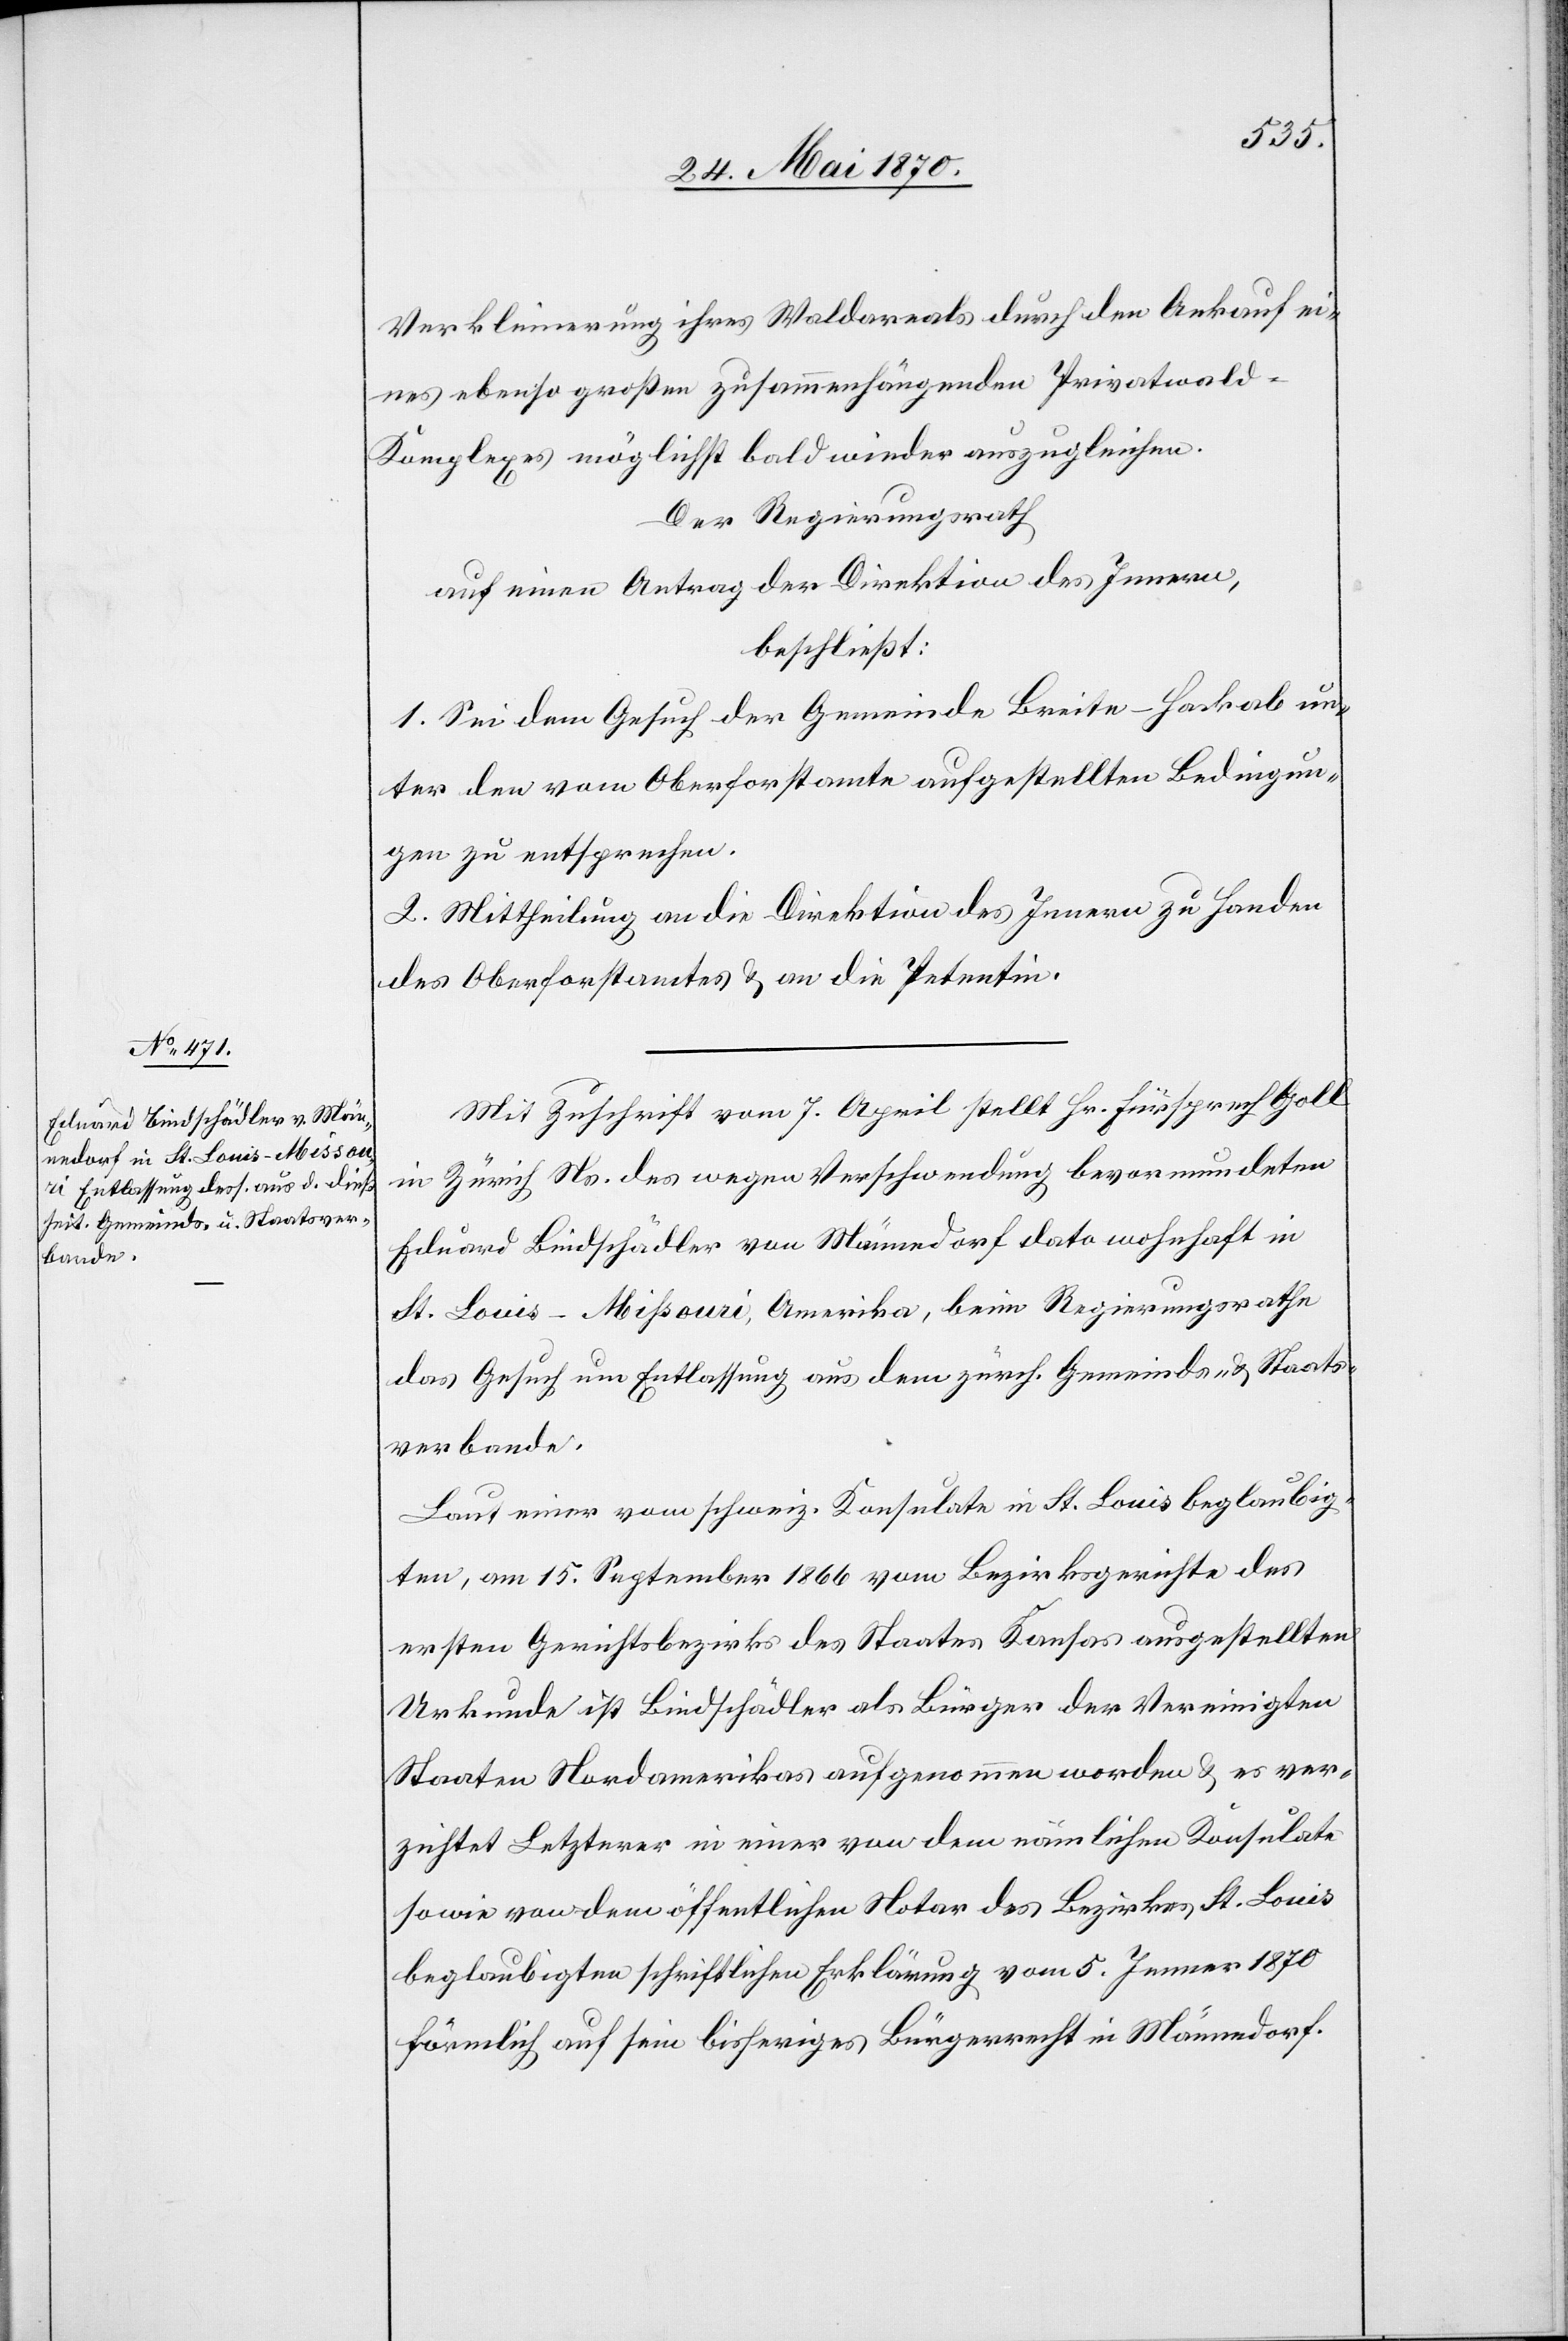
Verkleinerung ihres Waldareals durch den Ankauf ei¬
nes ebenso großen zusammenhängenden Privatwal¬
d-Komplexes möglichst bald wieder auszugleichen.
Der Regierungsrath
auf einen Antrag der Direktion des Innern,
beschließt:
1. Sei dem Gesuch der Gemeinde Breite-Hackab un¬
ter den vom Oberforstamte aufgestellten Bedingun¬
gen zu entsprechen.
2. Mittheilung an die Direktion des Innern zu Handen
des Oberforstamtes & an die Petentin.
Mit Zuschrift vom 7. April stellt Hr. Fürsprech Goll
in Zürich Ns. des wegen Verschwendung bevormundeten
Eduard Bindschädler von Männedorf dato wohnhaft in
St. Louis - Missouri, Amerika, beim Regierungsrathe
das Gesuch um Entlassung aus dem zürch. Gemeinde- & Staats¬
verbande.
Laut einer vom schweiz. Konsulate in St. Louis beglaubig¬
ten, am 15. September 1866 vom Bezirksgerichte des
ersten Gerichtsbezirks des Staates Kansas ausgestellten
Urkunde ist Bindschädler als Bürger der Vereinigten
Staaten Nordamerikas aufgenommen worden & es ver¬
zichtet Letzterer in einer von dem nämlichen Konsulate
sowie von dem öffentlichen Notar des Bezirkes St. Louis
beglaubigten schriftlichen Erklärung vom 5. Jenner 1870
förmlich auf sein bisheriges Bürgerrecht in Männedorf.